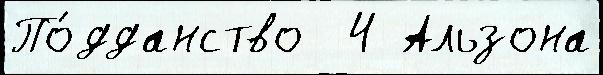
По́дданство  4 Альзона